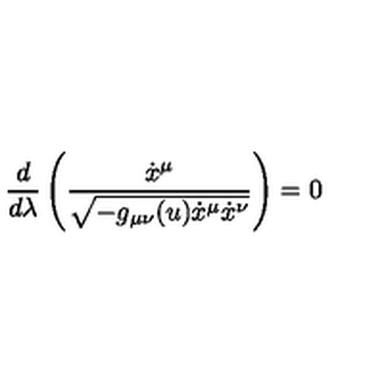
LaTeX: \frac { d } { d \lambda } \left( \frac { \dot { x } ^ { \mu } } { \sqrt { - g _ { \mu \nu } ( u ) \dot { x } ^ { \mu } \dot { x } ^ { \nu } } } \right) = 0